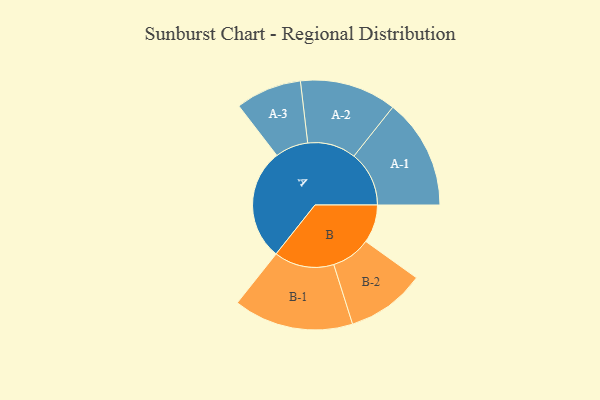
{"axis": {"x": "Segment", "y": "Value"}, "legend": ["", "A", "B"], "data": [{"x": "A", "y": 347, "type": ""}, {"x": "B", "y": 119, "type": ""}, {"x": "A-1", "y": 172, "type": "A"}, {"x": "A-2", "y": 151, "type": "A"}, {"x": "A-3", "y": 103, "type": "A"}, {"x": "B-1", "y": 187, "type": "B"}, {"x": "B-2", "y": 123, "type": "B"}]}